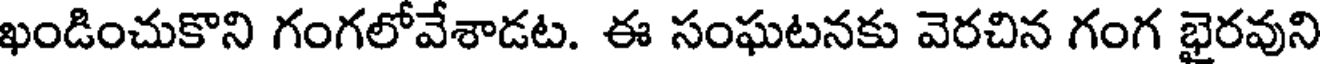
ఖండించుకొని గంగలోవేశాడట. ఈ సంఘటనకు వెరచిన గంగ భైరవుని